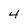
Character: 4